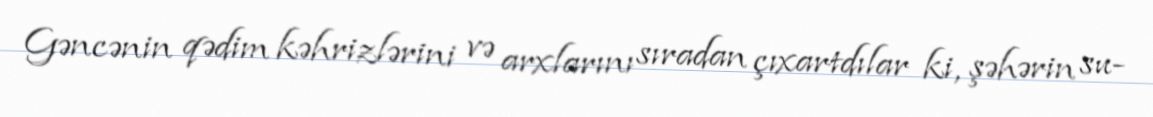
Gəncənin qədim kəhrizlərini və arxlarını sıradan çıxartdılar ki, şəhərin su-